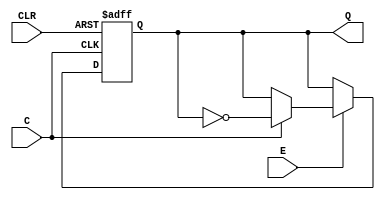
module t_flipflop(
	input E, C, CLR,
	output reg Q
	);
    always @(posedge C or negedge CLR)
    begin
        if (CLR == 0)      // clear = 0
            Q <= 1'b0;
        else if (E == 0)   // enable = 0
            Q <= Q;
        else if (C)        // enable = 1, clock = rising edge
            Q <= ~Q;       // Q+ = Qnot
    end
endmodule